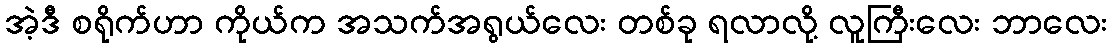
အဲ့ဒီ စရိုက်ဟာ ကိုယ်က အသက်အရွယ်လေး တစ်ခု ရလာလို့ လူကြီးလေး ဘာလေး